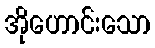
အိုဟောင်းသော